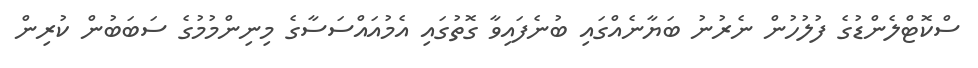
ސްކޮޓްލެންޑުގެ ފުލުހުން ނެރުނު ބަޔާނެއްގައި ބުނެފައިވާ ގޮތުގައި އެމުއައްސަސާގެ މިނިންމުމުގެ ސަބަބުން ކުރިން